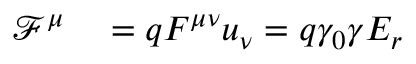
\begin{array} { r l } { \mathcal { F } ^ { \mu } } & { { } = q F ^ { \mu \nu } u _ { \nu } = q \gamma _ { 0 } \gamma E _ { r } } \end{array}